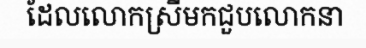
ដែលលោកស្រីមកជួបលោកនា